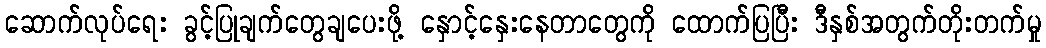
ဆောက်လုပ်ရေး ခွင့်ပြုချက်တွေချပေးဖို့ နှောင့်နှေးနေတာတွေကို ထောက်ပြပြီး ဒီနှစ်အတွက်တိုးတက်မှု